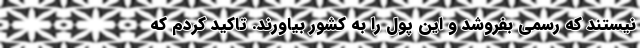
نیستند که رسمی بفروشد و این پول را به کشور بیاورند. تاکید کردم که